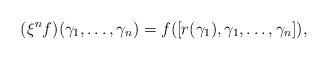
LaTeX: \begin{align*}(\xi^nf)(\gamma_1, \ldots, \gamma_n) = f([r(\gamma_1), \gamma_1, \ldots, \gamma_n]),\end{align*}